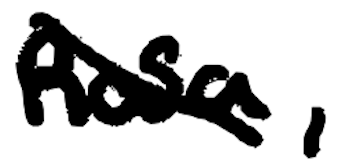
Text: Rosa,
Cross-out: diagonal
Writing tool: digital_black